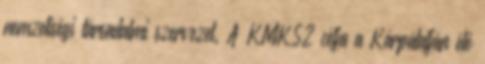
nemzetiségi társadalmi szervezet. A KMKSZ célja a Kárpátalján élő